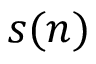
s ( n )